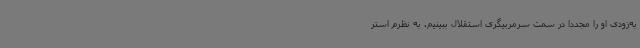
به‌زودی او را مجددا در سمت سرمربیگری استقلال ببینیم. به نظرم استر